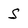
Character: S